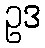
ဥဒ